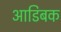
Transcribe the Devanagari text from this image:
आडिबक